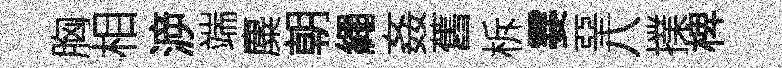
胸相㴑端麋朝繩姦舊柝霎堊八擈椑